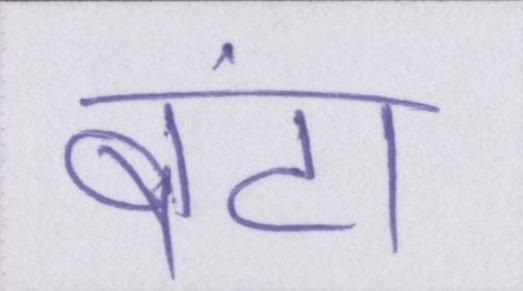
बंटा